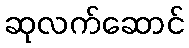
ဆုလက်ဆောင်